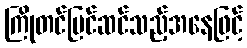
ကြိုတင်ပြင်ဆင်သည့်အနေဖြင့်